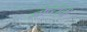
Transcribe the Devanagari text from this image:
गोष्‍टींची